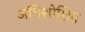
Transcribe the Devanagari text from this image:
अधिशोशित